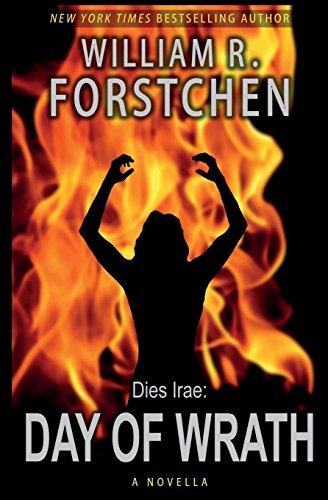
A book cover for Day of Wrath; William R. Forstchen; Mystery, Thriller & Suspense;